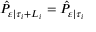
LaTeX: { \hat { P } } _ { \varepsilon | \tau _ { i } + L _ { i } } = { \hat { P } } _ { \varepsilon | \tau _ { i } }